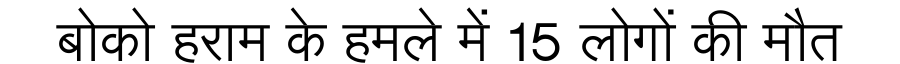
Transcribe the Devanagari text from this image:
बोको हराम के हमले में 15 लोगों की मौत